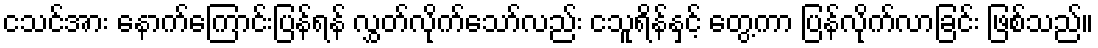
ငသင်အား နောက်ကြောင်းပြန်ရန် လွှတ်လိုက်သော်လည်း ငသူရိန်နှင့် တွေ့ကာ ပြန်လိုက်လာခြင်း ဖြစ်သည်။